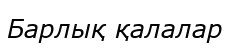
Барлық қалалар